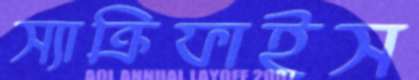
স্যাক্রিফাইস